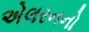
એલરનનો